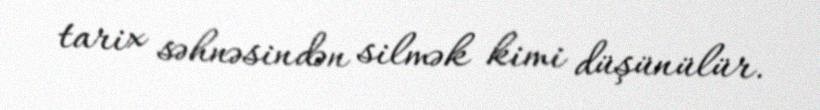
tarix səhnəsindən silmək kimi düşünülür.